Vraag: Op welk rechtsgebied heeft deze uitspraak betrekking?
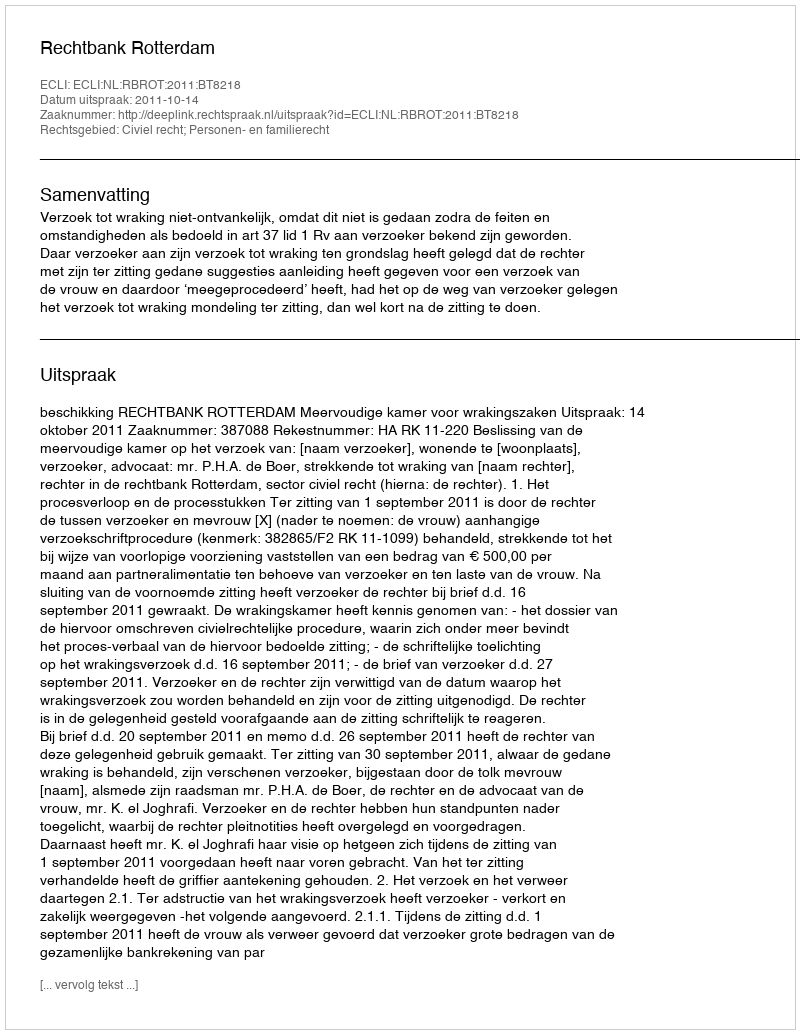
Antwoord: Civiel recht; Personen- en familierecht